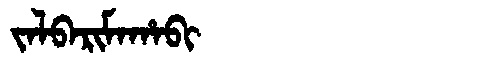
Manchu: ᠵᠠᠯᠪᠠᡵᡳᠮᠠᡥᠠᠪᡳ
Romanization: JALBARIMAHABI